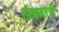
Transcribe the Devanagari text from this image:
टोकावरची